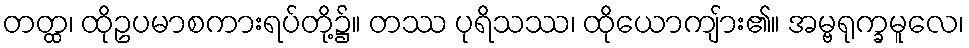
တတ္ထ၊ ထိုဥပမာစကားရပ်တို့၌။ တဿ ပုရိသဿ၊ ထိုယောကျ်ား၏။ အမ္ဗရုက္ခမူလေ၊